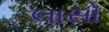
લાસો